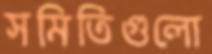
সমিতিগুলো